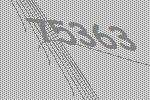
75363